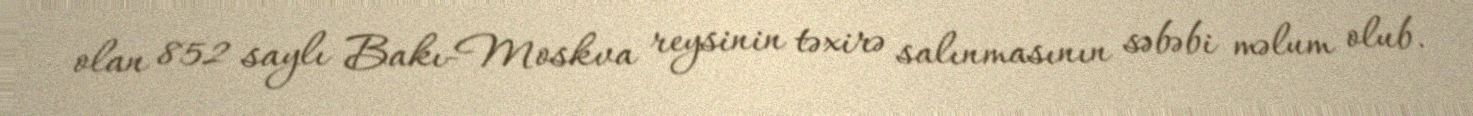
olan 852 saylı Bakı-Moskva reysinin təxirə salınmasının səbəbi məlum olub.